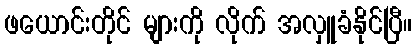
ဖယောင်းတိုင် များကို လိုက် အလှူခံနိုင်ပြီ။